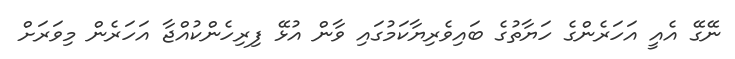
ނޭގޭ އެއީ އަހަރެންގެ ހަޔާތުގެ ބައިވެރިޔާކަމުގައި ވާން އުޅޭ ފިރިހެންކުއްޖާ އަހަރެން މިވަރަށް